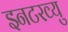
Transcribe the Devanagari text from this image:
इनटरव्यु